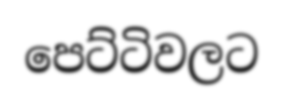
පෙට්ටිවලට